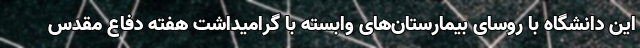
این دانشگاه با روسای بیمارستان‌های وابسته با گرامیداشت هفته دفاع مقدس